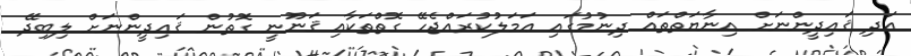
އަދި ޤައިދީންނަށް އިނާޔަތްތައް ދިނުމުގައި ޢަމަލުކުރައްޖެހޭ ގޮތްތަކާއި ޤަނޫނީ ގޮތުން ޤައިދީންނަށް ލިބިދޭ